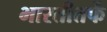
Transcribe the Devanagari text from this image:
भारतीतर्फे